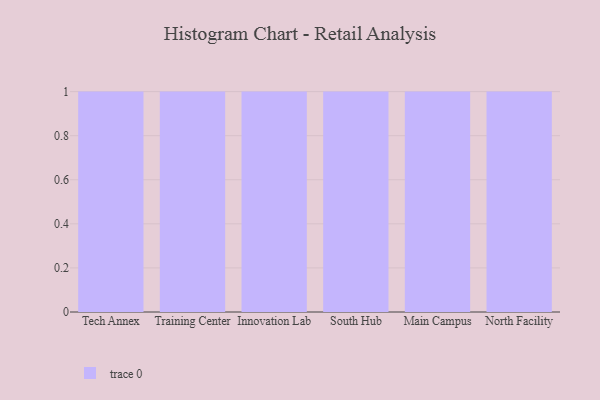
{"axis": {"x": "Campus", "y": "Net Income (USD K)"}, "legend": [""], "data": [{"x": "Tech Annex", "y": 52, "type": ""}, {"x": "Training Center", "y": 70, "type": ""}, {"x": "Innovation Lab", "y": 24, "type": ""}, {"x": "South Hub", "y": 59, "type": ""}, {"x": "Main Campus", "y": 52, "type": ""}, {"x": "North Facility", "y": 56, "type": ""}]}